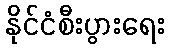
နိုင်ငံစီးပွားရေး